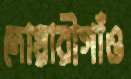
দোয়ারীগাঁও